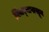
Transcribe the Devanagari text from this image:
पिंजर्‍यापासून